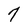
Character: 7